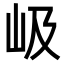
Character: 岋